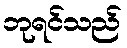
ဘုရင်သည်